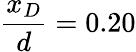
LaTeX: \frac{x_{D}}{d}=0.20